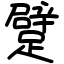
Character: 躄